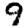
Digit: 9